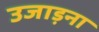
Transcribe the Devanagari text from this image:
उजाड़ना